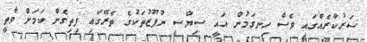
ސަރުކާރެއްގައި ވެސް ހިނގަމުން އައީ ސިޔާސީ ނުފޫޒުތަކުގެ ތެރޭގައި ފިތިގެން ކަމަށް ވާތީ